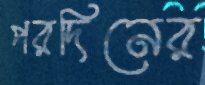
পরদিনের